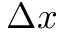
\Delta x